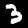
Label: 3